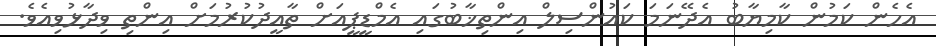
އެހެން ކަމުން ކާމިޔާބު އެދޭނަމަ ކައުންސިލް އިންތިޚާބުގައި އެމްޑީޕީއަށް ތާއީދުކުރުމަށް އިންތި ވިދާޅުވިއެވެ.